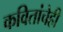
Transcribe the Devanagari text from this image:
कवितांचेही